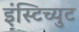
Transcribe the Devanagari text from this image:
इंस्टिच्युट